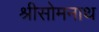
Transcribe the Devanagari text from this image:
श्रीसोमनाथ